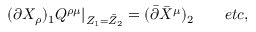
( \partial X _ { \rho } ) _ { 1 } Q ^ { \rho \mu } | _ { Z _ { 1 } = \bar { Z } _ { 2 } } = ( \bar { \partial } \bar { X } ^ { \mu } ) _ { 2 } \qquad e t c ,